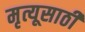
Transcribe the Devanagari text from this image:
मृत्यूसाठी